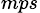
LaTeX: {_{mps}}